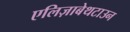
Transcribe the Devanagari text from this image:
एलिज़ाबेथटाउन